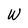
Character: W